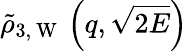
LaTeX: \tilde{\rho}_{3,\mathrm{~W~}}\left(q,\sqrt{2E}\right)